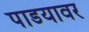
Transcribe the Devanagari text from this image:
पाडयावर